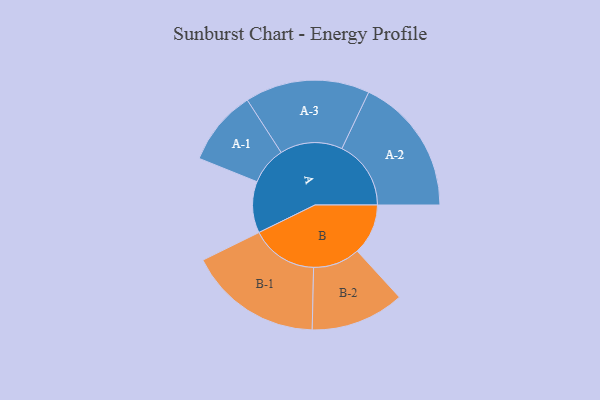
{"axis": {"x": "Segment", "y": "Value"}, "legend": ["", "A", "B"], "data": [{"x": "A", "y": 169, "type": ""}, {"x": "B", "y": 167, "type": ""}, {"x": "A-1", "y": 124, "type": "A"}, {"x": "A-2", "y": 227, "type": "A"}, {"x": "A-3", "y": 205, "type": "A"}, {"x": "B-1", "y": 220, "type": "B"}, {"x": "B-2", "y": 154, "type": "B"}]}